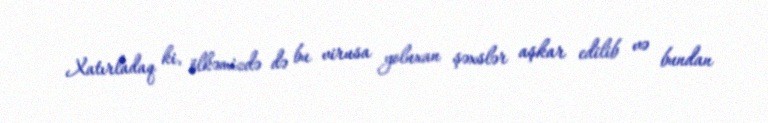
Xatırladaq ki, ölkəmizdə də bu virusa yoluxan şəxslər aşkar edilib və bundan